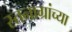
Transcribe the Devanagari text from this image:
स्तनाग्रांच्या